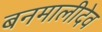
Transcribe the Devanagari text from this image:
बनमालीदेव